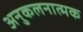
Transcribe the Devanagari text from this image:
अनुकलनात्मक